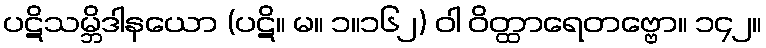
ပဋိသမ္ဘိဒါနယော (ပဋိ။ မ။ ၁။၁၆၂) ဝါ ဝိတ္ထာရေတဗ္ဗော။ ၁၄၂။